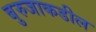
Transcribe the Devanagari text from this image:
बुरुजाकडील